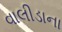
વાલીડાના